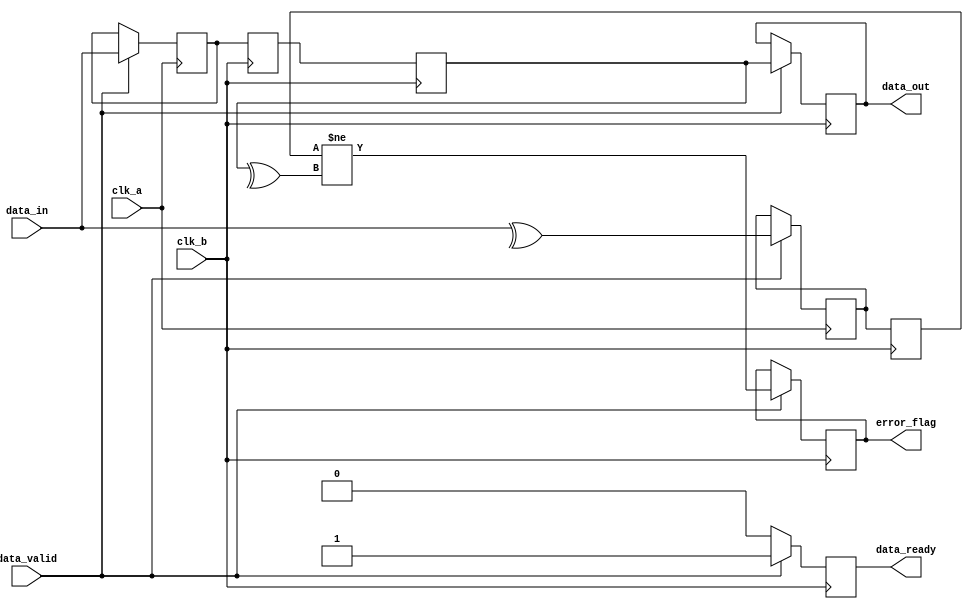
module cdc_with_error_detection #(
    parameter DATA_WIDTH = 8
)(
    input wire clk_a,                // Clock for Domain A
    input wire clk_b,                // Clock for Domain B
    input wire [DATA_WIDTH-1:0] data_in, // Data input from Domain A
    input wire data_valid,           // Signal indicating data is valid
    output reg [DATA_WIDTH-1:0] data_out, // Synchronized data output to Domain B
    output reg error_flag,           // Error detection flag
    output reg data_ready            // Signal indicating data is ready in Domain B
);

    // Internal signals
    reg [DATA_WIDTH-1:0] data_buffer; // Buffer for incoming data
    reg [DATA_WIDTH-1:0] sync_data_1; // First stage of synchronization
    reg [DATA_WIDTH-1:0] sync_data_2; // Second stage of synchronization
    reg parity_bit;                   // Parity bit for error detection
    reg parity_received;              // Received parity bit

    // Data input buffer and parity calculation in Domain A
    always @(posedge clk_a) begin
        if (data_valid) begin
            data_buffer <= data_in; // Capture incoming data
            parity_bit <= ^data_in;  // Calculate parity (even parity)
        end
    end

    // Synchronization flip-flops in Domain B
    always @(posedge clk_b) begin
        sync_data_1 <= data_buffer; // First stage of synchronization
        sync_data_2 <= sync_data_1; // Second stage of synchronization
        parity_received <= parity_bit; // Capture the parity bit

        // Check for data validity and error detection
        if (data_valid) begin
            data_out <= sync_data_2; // Output the synchronized data
            data_ready <= 1'b1;       // Indicate data is ready
            error_flag <= (parity_received != ^sync_data_2); // Check for parity error
        end else begin
            data_ready <= 1'b0;       // Clear data ready signal
        end
    end

endmodule